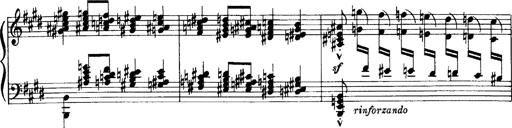
Title: OuvertÃ¼re zu TannhÃ¤user
Composer: Franz Liszt